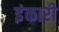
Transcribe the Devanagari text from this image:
इंकारी